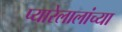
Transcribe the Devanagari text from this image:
प्यारेलालांच्या